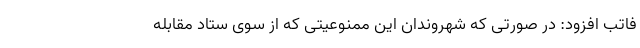
فاتب افزود: در صورتی که شهروندان این ممنوعیتی که از سوی ستاد مقابله